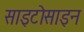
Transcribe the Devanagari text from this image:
साइटोसाइन